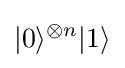
|0\rangle ^{\otimes n}|1\rangle